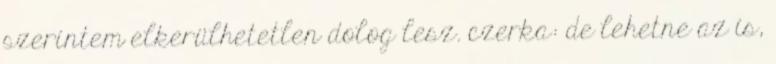
szerintem elkerülhetetlen dolog lesz. czerka: de lehetne az is,